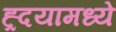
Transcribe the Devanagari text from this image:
ह्र्दयामध्ये